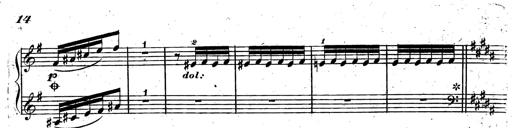
Title: Rondeau fantastique sur un thÃ¨me espagnol
Composer: Franz Liszt